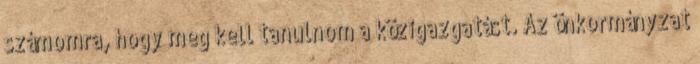
számomra, hogy meg kell tanulnom a közigazgatást. Az önkormányzat